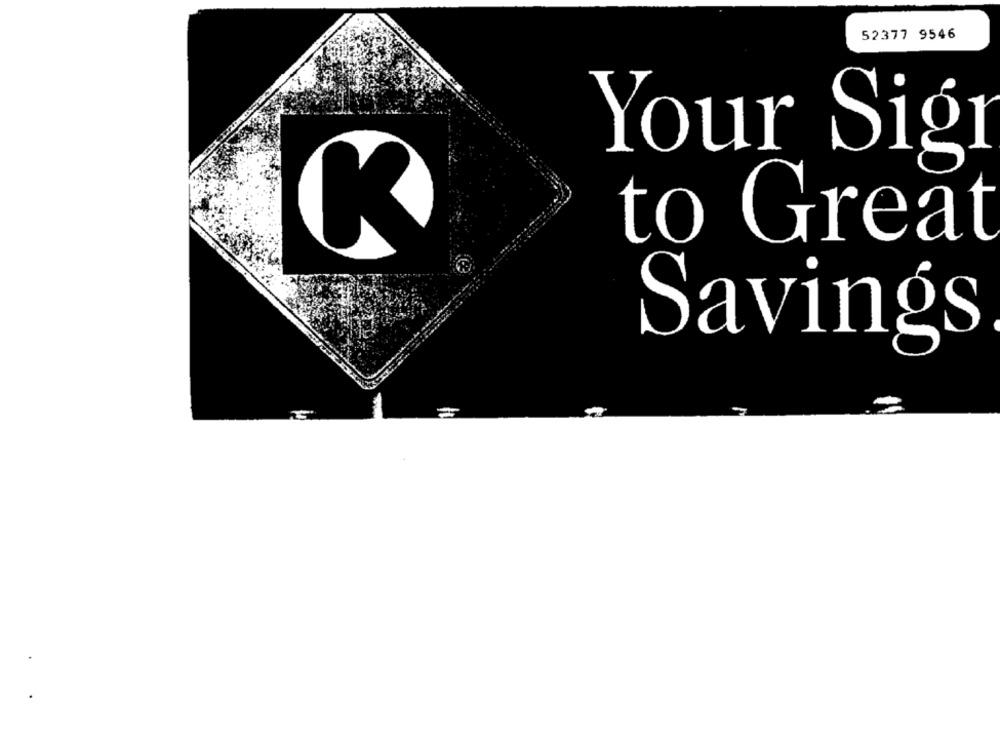
52377 9546
Your
Sig
to Great
Savings